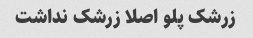
زرشک پلو اصلا زرشک نداشت